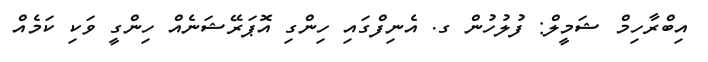
އިބްރާހިމް ޝަމީލް: ފުލުހުން ގ. އެނިފްގައި ހިންގި އޮޕަރޭޝަނެއް ހިންގީ ވަކި ކަމެއް